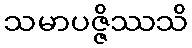
သမာပဇ္ဇိဿသိ